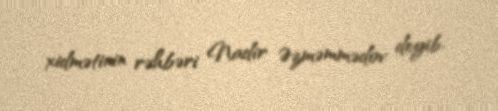
xidmətinin rəhbəri Nadir Əzməmmədov deyib.